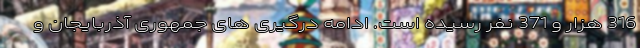
316 هزار و 371 نفر رسیده است. ادامه درگیری های جمهوری آذربایجان و